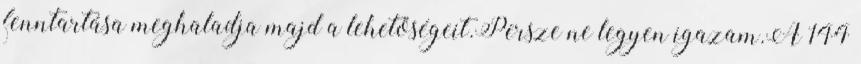
fenntartása meghaladja majd a lehetőségeit.Persze ne legyen igazam.A 144